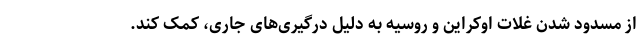
از مسدود شدن غلات اوکراین و روسیه به دلیل درگیری‌های جاری، کمک کند.